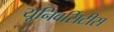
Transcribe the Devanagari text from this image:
यूनिवर्सिटीस